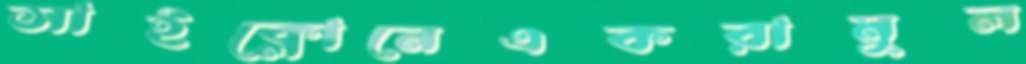
সাইক্লোনেএকরামুল